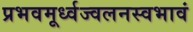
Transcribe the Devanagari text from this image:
प्रभवमूर्ध्वज्वलनस्वभावं